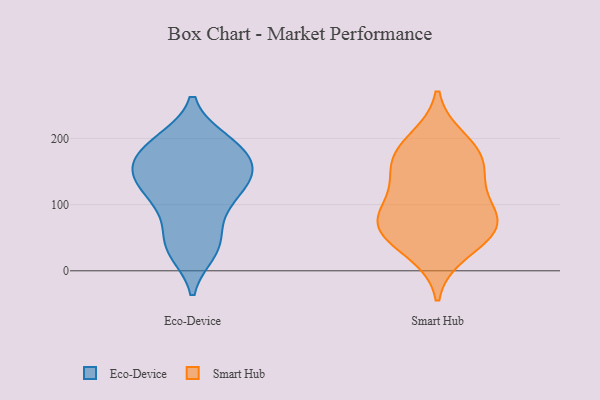
{"axis": {"x": "Revenue (USD Million)", "y": "Value"}, "legend": ["Eco-Device", "Smart Hub"], "data": [{"x": "", "y": 36, "type": "Eco-Device"}, {"x": "", "y": 160, "type": "Eco-Device"}, {"x": "", "y": 108, "type": "Eco-Device"}, {"x": "", "y": 36, "type": "Eco-Device"}, {"x": "", "y": 193, "type": "Eco-Device"}, {"x": "", "y": 194, "type": "Eco-Device"}, {"x": "", "y": 113, "type": "Eco-Device"}, {"x": "", "y": 149, "type": "Eco-Device"}, {"x": "", "y": 135, "type": "Eco-Device"}, {"x": "", "y": 143, "type": "Eco-Device"}, {"x": "", "y": 197, "type": "Eco-Device"}, {"x": "", "y": 150, "type": "Eco-Device"}, {"x": "", "y": 183, "type": "Eco-Device"}, {"x": "", "y": 29, "type": "Eco-Device"}, {"x": "", "y": 65, "type": "Eco-Device"}, {"x": "", "y": 159, "type": "Eco-Device"}, {"x": "", "y": 101, "type": "Eco-Device"}, {"x": "", "y": 59, "type": "Smart Hub"}, {"x": "", "y": 123, "type": "Smart Hub"}, {"x": "", "y": 94, "type": "Smart Hub"}, {"x": "", "y": 29, "type": "Smart Hub"}, {"x": "", "y": 166, "type": "Smart Hub"}, {"x": "", "y": 65, "type": "Smart Hub"}, {"x": "", "y": 76, "type": "Smart Hub"}, {"x": "", "y": 197, "type": "Smart Hub"}, {"x": "", "y": 176, "type": "Smart Hub"}, {"x": "", "y": 154, "type": "Smart Hub"}, {"x": "", "y": 67, "type": "Smart Hub"}]}